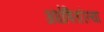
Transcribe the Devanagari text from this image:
अघोषितरित्या